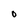
Character: O